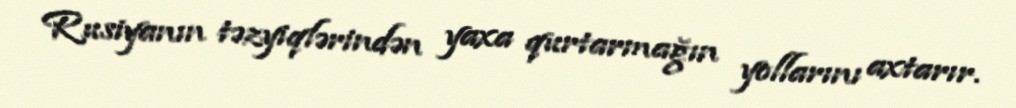
Rusiyanın təzyiqlərindən yaxa qurtarmağın yollarını axtarır.